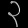
Digit: ၃